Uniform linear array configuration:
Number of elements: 8
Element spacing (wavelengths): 0.25
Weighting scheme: cosine
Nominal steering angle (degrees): -45
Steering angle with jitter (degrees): -46.27
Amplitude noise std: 0.05
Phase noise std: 0.05

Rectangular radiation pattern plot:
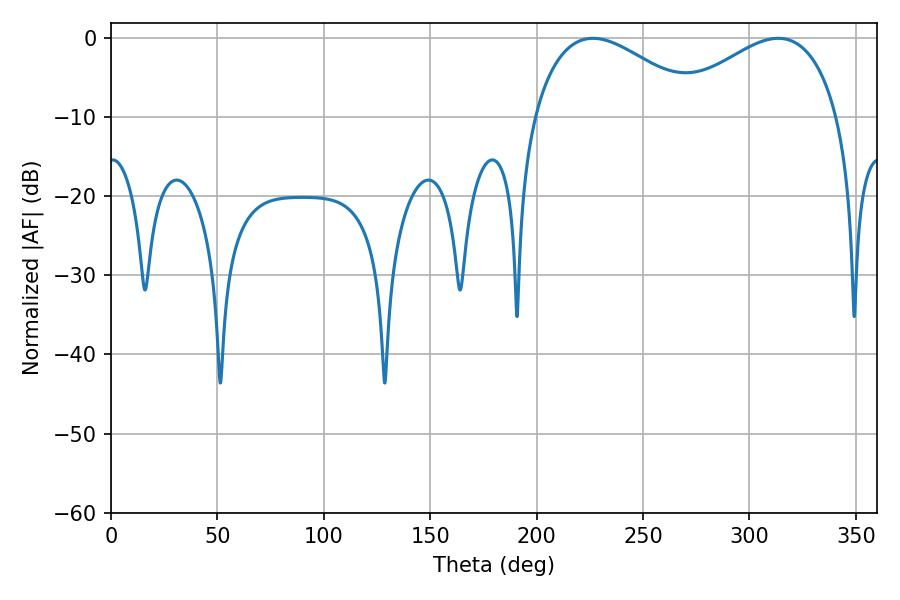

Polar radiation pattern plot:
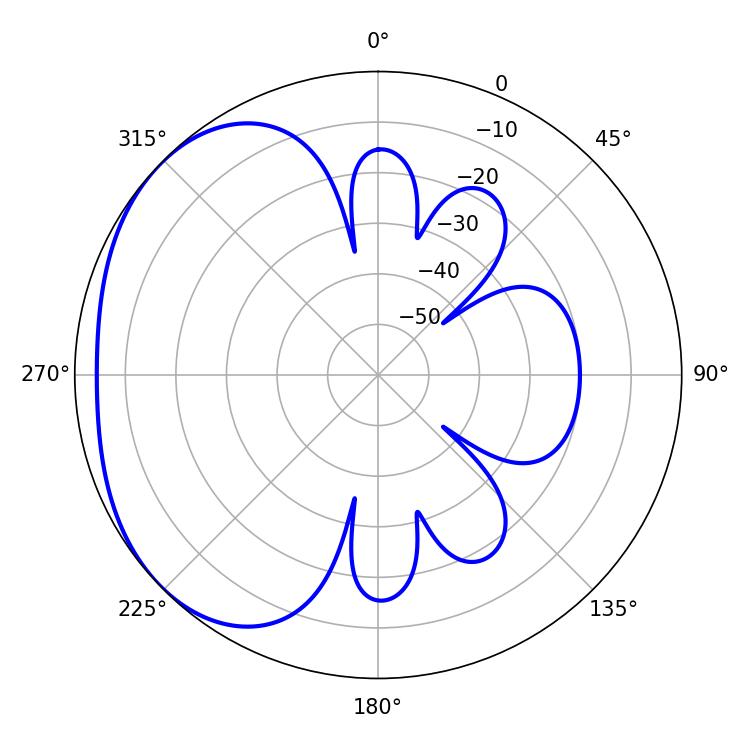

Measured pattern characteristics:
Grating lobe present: FALSE
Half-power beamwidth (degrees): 43.56
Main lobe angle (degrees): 226.44